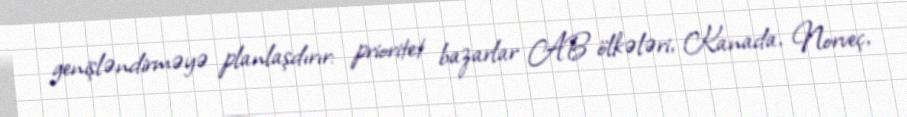
genişləndirməyə planlaşdırır: prioritet bazarlar AB ölkələri, Kanada, Norveç,